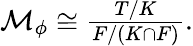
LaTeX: \begin{array}{r}{\mathcal{M}_{\phi}\cong\frac{T/K}{F/(K\cap F)}.}\end{array}